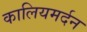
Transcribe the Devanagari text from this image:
कालियमर्दन